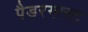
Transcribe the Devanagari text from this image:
पैडरगास्ट